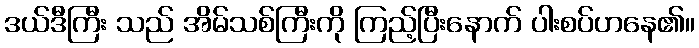
ဒယ်ဒီကြီး သည် အိမ်သစ်ကြီးကို ကြည့်ပြီးနောက် ပါးစပ်ဟနေ၏။